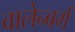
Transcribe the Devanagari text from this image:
वालेन्बर्ग